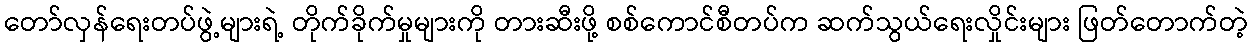
တော်လှန်ရေးတပ်ဖွဲ့များရဲ့ တိုက်ခိုက်မှုများကို တားဆီးဖို့ စစ်ကောင်စီတပ်က ဆက်သွယ်ရေးလှိုင်းများ ဖြတ်တောက်တဲ့